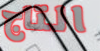
التاج